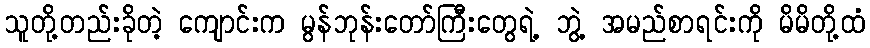
သူတို့တည်းခိုတဲ့ ကျောင်းက မွန်ဘုန်းတော်ကြီးတွေရဲ့ ဘွဲ့ အမည်စာရင်းကို မိမိတို့ထံ